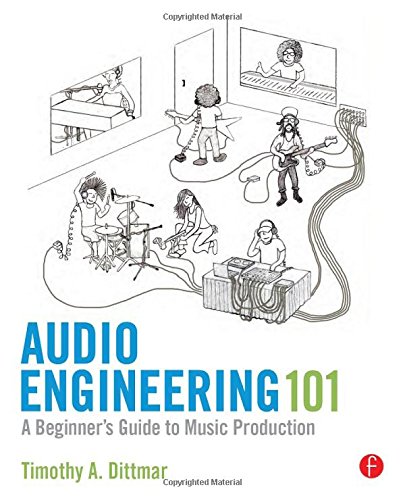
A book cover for Audio Engineering 101: A Beginner's Guide to Music Production; Tim Dittmar; Arts & Photography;